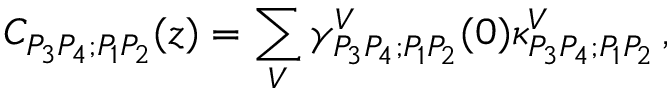
C _ { P _ { 3 } P _ { 4 } ; P _ { 1 } P _ { 2 } } ( z ) = \sum _ { V } \gamma _ { P _ { 3 } P _ { 4 } ; P _ { 1 } P _ { 2 } } ^ { V } ( 0 ) \kappa _ { P _ { 3 } P _ { 4 } ; P _ { 1 } P _ { 2 } } ^ { V } \, ,